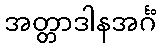
အတ္တာဒါနအင်္ဂံ